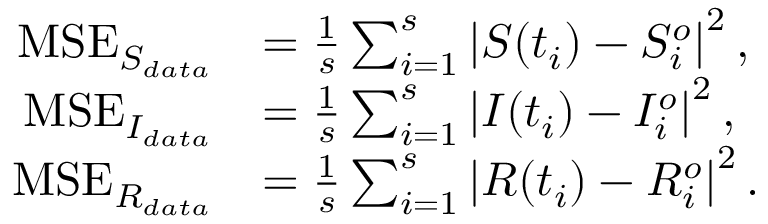
\begin{array} { r l } { \mathrm { M S E } _ { S _ { d a t a } } } & { = \frac { 1 } { s } \sum _ { i = 1 } ^ { s } \left| S ( t _ { i } ) - S _ { i } ^ { o } \right| ^ { 2 } , } \\ { \mathrm { M S E } _ { I _ { d a t a } } } & { = \frac { 1 } { s } \sum _ { i = 1 } ^ { s } \left| I ( t _ { i } ) - I _ { i } ^ { o } \right| ^ { 2 } , } \\ { \mathrm { M S E } _ { R _ { d a t a } } } & { = \frac { 1 } { s } \sum _ { i = 1 } ^ { s } \left| R ( t _ { i } ) - R _ { i } ^ { o } \right| ^ { 2 } . } \end{array}